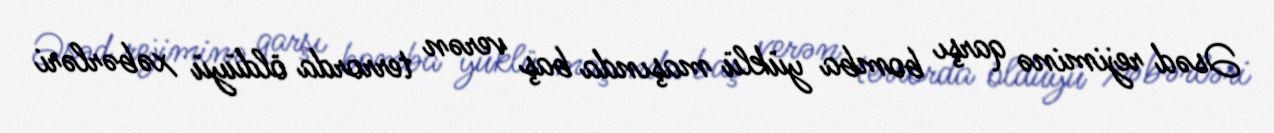
Əsəd rejiminə qarşı bomba yüklü maşında baş verən terrorda öldüyü xəbərləri